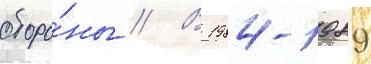
оборо́ны // В 1984-1989